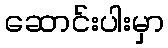
ဆောင်းပါးမှာ